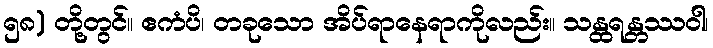
၅၈) တို့တွင်။ ဧကံပိ၊ တခုသော အိပ်ရာနေရာကိုလည်း။ သန္ထရန္တဿဝါ၊